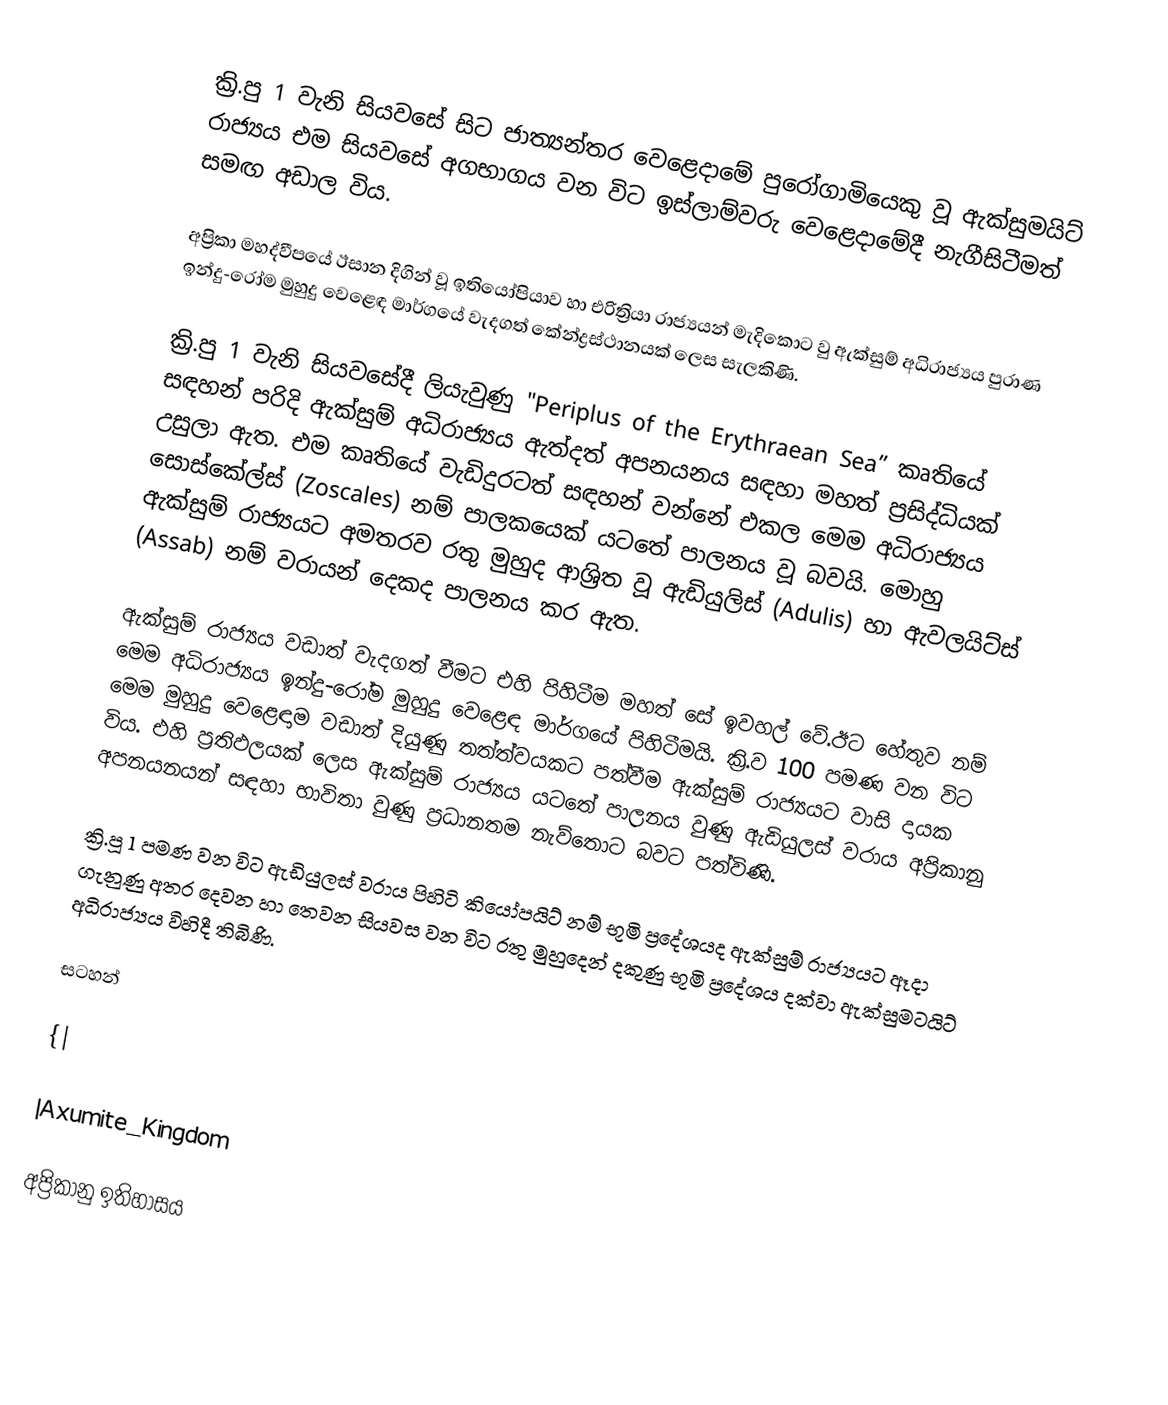
ක්‍රි.පු 1 වැනි සියවසේ සිට ජාත්‍යන්තර වෙළෙදාමේ පුරෝගාමියෙකු වූ ඇක්සුමයිට් රාජ්‍යය එම සියවසේ අගභාගය වන විට ඉස්ලාම්වරු වෙළෙදාමේදී නැගීසිටීමත් සමඟ අඩාල විය.

අප්‍රිකා මහද්වීපයේ ඊසාන දිගින් වූ ඉතියෝපියාව හා එරිත්‍රියා රාජ්‍යයන් මැදිකොට වු ඇක්සුම් අධිරාජ්‍යය පුරාණ ඉන්දු-රෝම මුහුදු වෙළෙඳ මාර්ගයේ වැදගත් කේන්ද්‍රස්ථානයක් ලෙස සැලකිණි.

ක්‍රි.පු 1 වැනි සියවසේදී ලියැවුණු "Periplus of the Erythraean Sea” කෘතියේ සඳහන් පරිදි ඇක්සුම් අධිරාජ්‍යය ඇත්දත් අපනයනය සඳහා මහත් ප්‍රසිද්ධියක් උසුලා ඇත. එම කෘතියේ වැඩිදුරටත් සඳහන් වන්නේ එකල මෙම අධිරාජ්‍යය සොස්කේල්ස් (Zoscales) නම් පාලකයෙක් යටතේ පාලනය වූ බවයි. මොහු ඇක්සුම් රාජ්‍යයට අමතරව රතු මුහුද ආශ්‍රිත වූ ඇඩියුලිස් (Adulis) හා ඇවලයිට්ස් (Assab) නම් වරායන් දෙකද පාලනය කර ඇත.

ඇක්සුම් රාජ්‍යය වඩාත් වැදගත් වීමට එහි පිහිටීම මහත් සේ ඉවහල් වේ.ඊට හේතුව නම් මෙම අධිරාජ්‍යය ඉන්දු-රෝම මුහුදු වෙළෙඳ මාර්ගයේ පිහිටීමයි. ක්‍රි.ව 100 පමණ වන විට මෙම මුහුදු වෙළෙඳාම වඩාත් දියුණු තත්ත්වයකට පත්වීම ඇක්සුම් රාජ්‍යයට වාසි දායක විය. එහි ප්‍රතිඵලයක් ලෙස ඇක්සුම් රාජ්‍යය යටතේ පාලනය වුණු ඇඩියුලස් වරාය අප්‍රිකානු අපනයනයන් සඳහා භාවිතා වුණු ප්‍රධානතම නැව්තොට බවට පත්විණි.

ක්‍රි.පූ 1 පමණ වන විට ඇඩියුලස් වරාය පිහිටි කියෝපයිට් නම් භූමි ප්‍රදේශයද ඇක්සුම් රාජ්‍යයට ඈදා ගැනුණු අතර දෙවන හා තෙවන සියවස වන විට රතු මුහුදෙන් දකුණු භූමි ප්‍රදේශය දක්වා ඇක්සුමටයිට් අධිරාජ්‍යය විහිදී තිබිණි.

සටහන්

{|

|Axumite_Kingdom

අප්‍රිකානු ඉතිහාසය